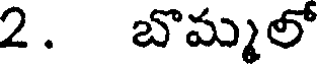
2. బొమ్మలో